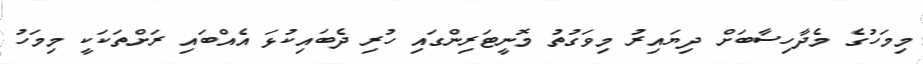
މިމަހުގެ މެދާހިސާބަށް ދިޔައިރު މިވަގުތު މޮނީޓަރިންގައި ހުރި ދެބައިކުޅަ އެއްބައި ރަށްތަކަކީ މިމަހު